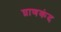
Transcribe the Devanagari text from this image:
घ्राणकंद